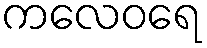
ကလေဝရေ